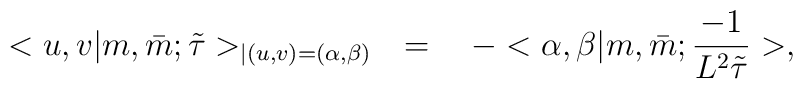
<u,v|m,\bar{m};\tilde{\tau}>_{|(u,v)=(\alpha,\beta)}\quad=\quad -<\alpha,\beta|m,\bar{m};\frac{-1}{L^{2}\tilde{\tau}}>,